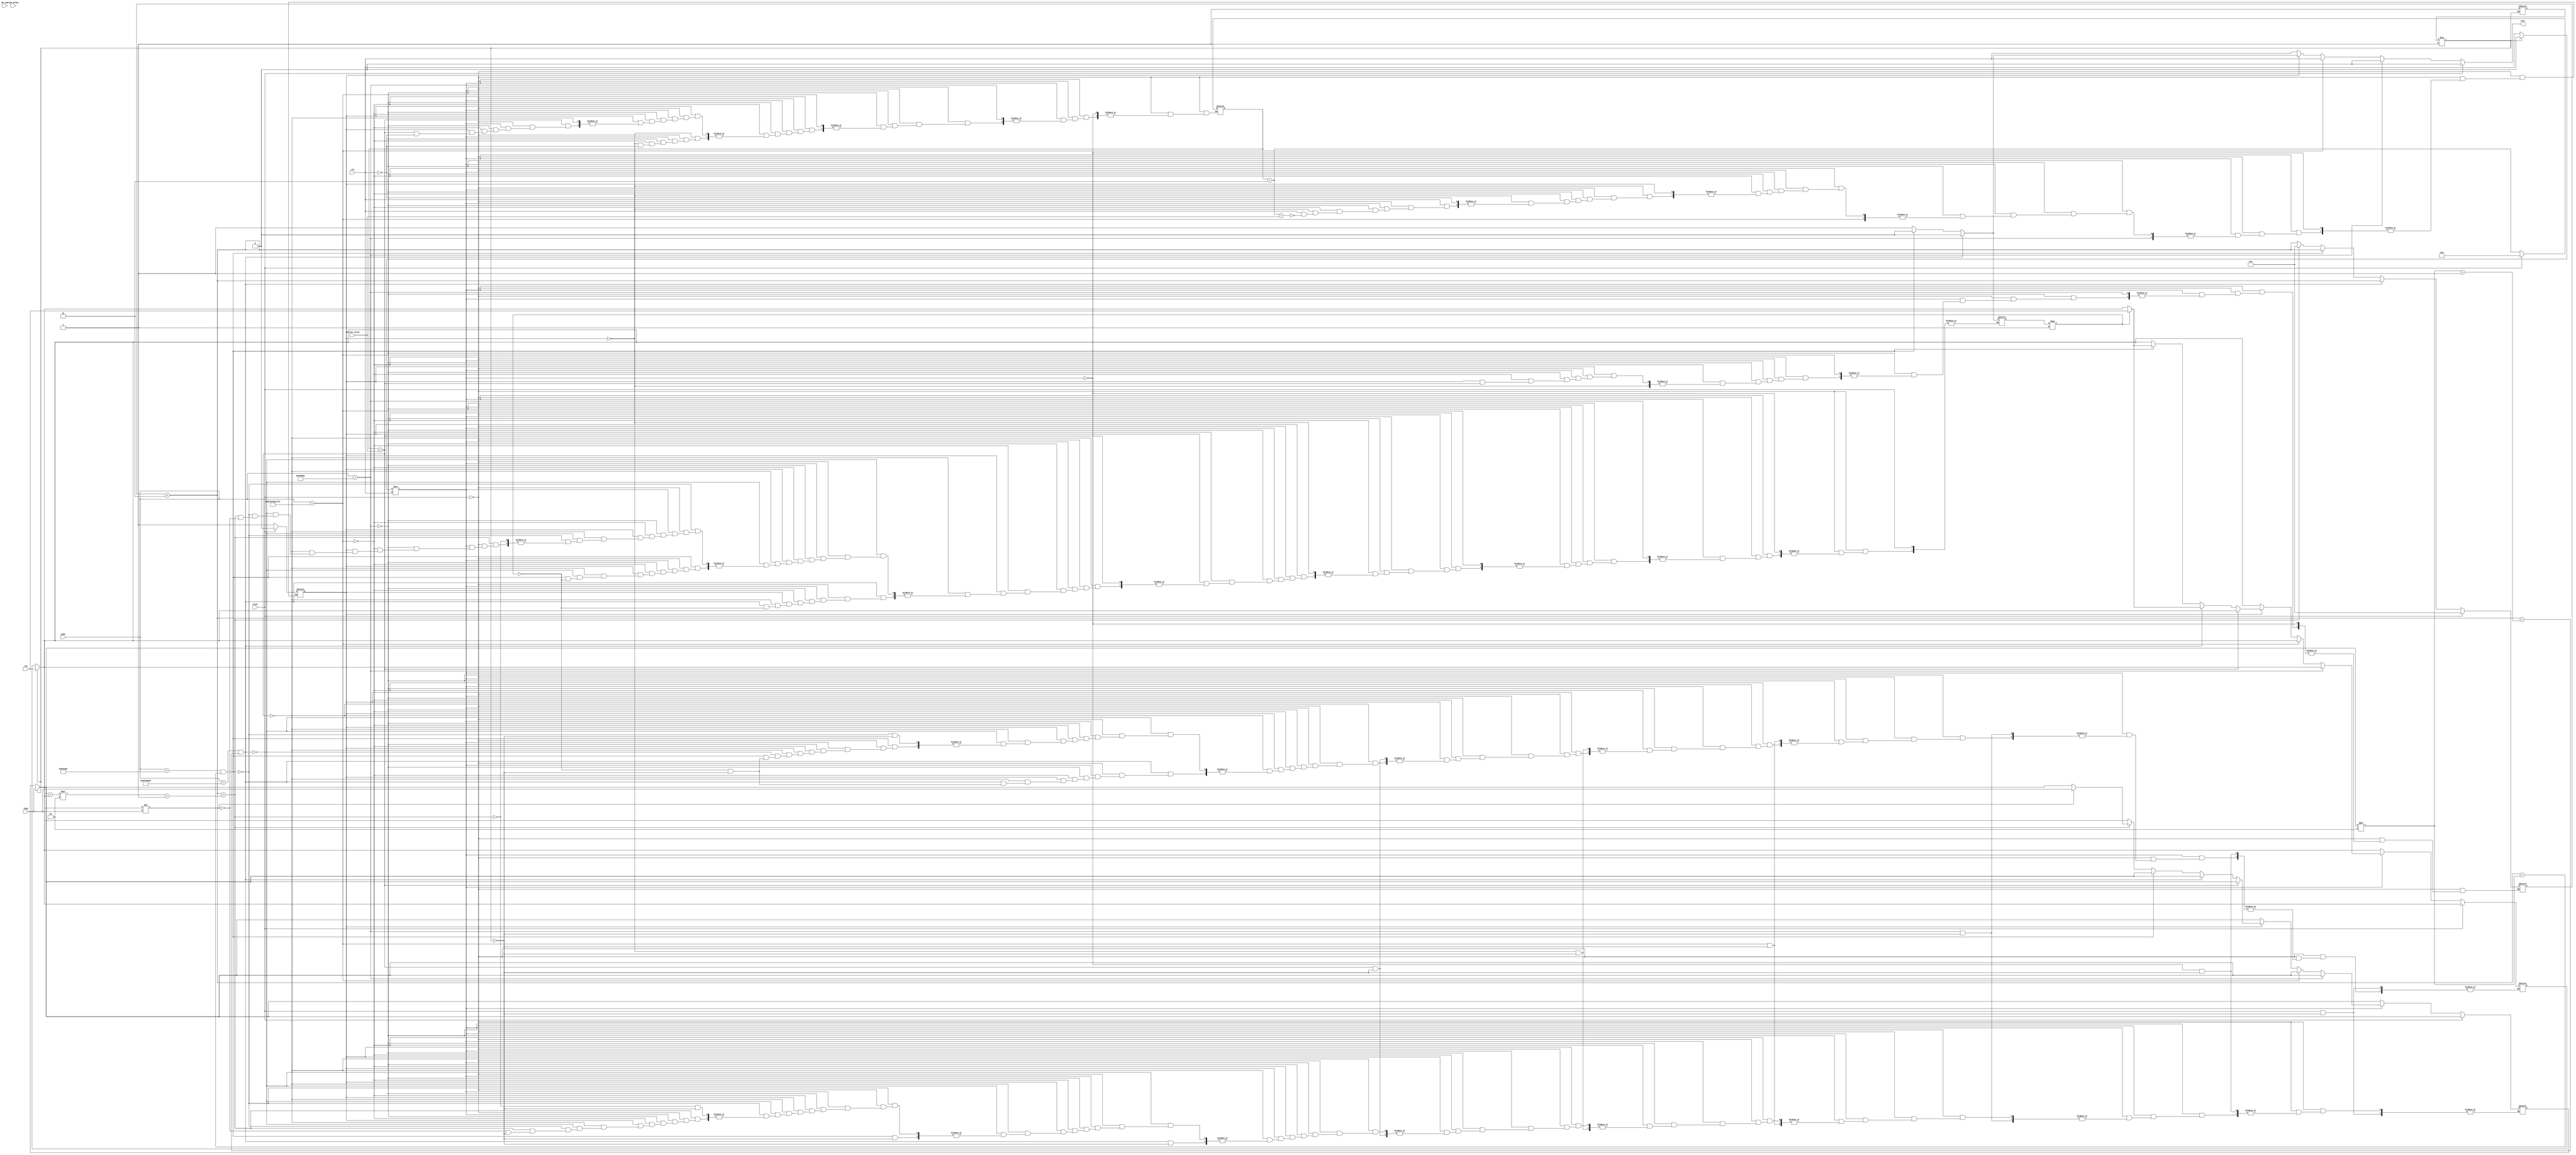
module stratix_scale_cntr  (clk,
                            reset,
                            cout,
                            high,
                            low,
                            initial_value,
                            mode,
                            time_delay,
                            ph_tap);
    input clk;
    input reset;
    input [31:0] high;
    input [31:0] low;
    input [31:0] initial_value;
    input [8*6:1] mode;
    input [31:0] time_delay;
    input [31:0] ph_tap;
    output cout;
    reg tmp_cout;
    reg first_rising_edge;
    reg clk_last_value;
    reg init;
    integer count;
    integer output_shift_count;
    reg cout_tmp;
    reg [31:0] high_reg;
    reg [31:0] low_reg;
    reg high_cnt_xfer_done;
    initial
    begin
        count = 1;
        first_rising_edge = 0;
        tmp_cout = 0;
        output_shift_count = 0;
        high_cnt_xfer_done = 0;
    end
    always @(clk or reset)
    begin
        if (init !== 1'b1)
        begin
            high_reg = high;
            low_reg = low;
            clk_last_value = 0;
            init = 1'b1;
        end
        if (reset)
        begin
            count = 1;
            output_shift_count = 0;
            tmp_cout = 0;
            first_rising_edge = 0;
        end
        else if (clk_last_value !== clk)
        begin
            if (mode == "off")
                tmp_cout = 0;
            else if (mode == "bypass")
                tmp_cout = clk;
            else if (first_rising_edge == 0)
            begin
                if (clk == 1)
                begin
                    output_shift_count = output_shift_count + 1;
                    if (output_shift_count == initial_value)
                    begin
                        tmp_cout = clk;
                        first_rising_edge = 1;
                    end
                end
            end
            else if (output_shift_count < initial_value)
            begin
                if (clk == 1)
                    output_shift_count = output_shift_count + 1;
            end
            else
            begin
                count = count + 1;
                if (mode == "even" && (count == (high_reg*2) + 1))
                begin
                    tmp_cout = 0;
                    if (high_cnt_xfer_done === 1'b1)
                    begin
                        low_reg = low;
                        high_cnt_xfer_done = 0;
                    end
                end
                else if (mode == "odd" && (count == (high_reg*2)))
                begin
                    tmp_cout = 0;
                    if (high_cnt_xfer_done === 1'b1)
                    begin
                        low_reg = low;
                        high_cnt_xfer_done = 0;
                    end
                end
                else if (count == (high_reg + low_reg)*2 + 1)
                begin
                    tmp_cout = 1;
                    count = 1;        
                    if (high_reg != high)
                    begin
                        high_reg = high;
                        high_cnt_xfer_done = 1;
                    end
                end
            end
        end
        clk_last_value = clk;
        cout_tmp <= #(time_delay) tmp_cout;
    end
    and (cout, cout_tmp, 1'b1);
endmodule